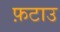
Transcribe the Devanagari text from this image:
फ़टाउ